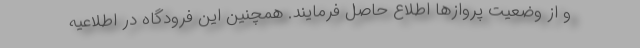
و از وضعیت پروازها اطلاع حاصل فرمایند. همچنین این فرودگاه در اطلاعیه